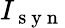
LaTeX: I_{\mathrm{~s~y~n~}}